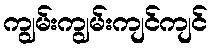
ကျွမ်းကျွမ်းကျင်ကျင်